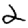
Digit: 2